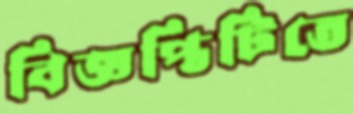
বিজ্ঞপ্তিটিতে